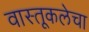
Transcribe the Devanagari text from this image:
वास्तूकलेचा